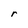
Character: r